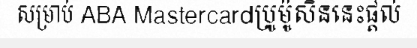
សម្រាប់ ABA Mastercardប្រូម៉ូសិននេះផ្តល់